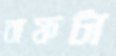
বাফটা